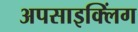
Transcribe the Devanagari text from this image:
अपसाइक्लिंग